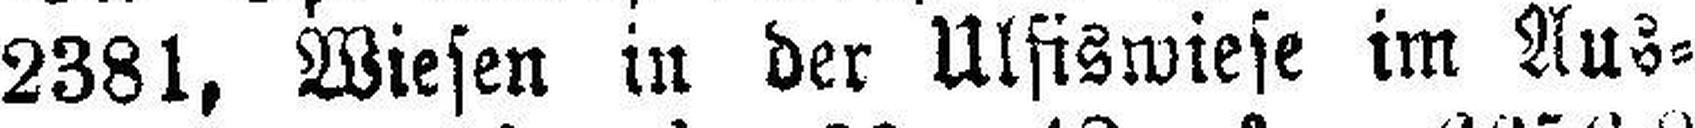
2381, Wiesen in der Ulfiswiese im Aus¬